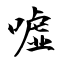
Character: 嘘